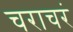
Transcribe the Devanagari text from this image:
चराचरं